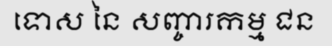
ទោស នៃ សញ្ចារកម្ម ជន